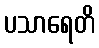
ပသာရေတိ